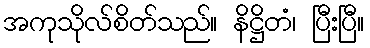
အကုသိုလ်စိတ်သည်။ နိဋ္ဌိတံ၊ ပြီးပြီ။